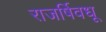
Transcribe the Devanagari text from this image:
राजर्षिवधू